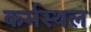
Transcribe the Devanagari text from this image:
कर्मस्थल